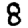
Digit: 8